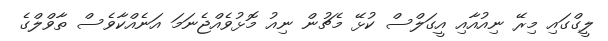
ލީގްގައި މިރޭ ނިއުއާއި އީގަލްސް ކުޅޭ މެޗުން ނިއު މޮޅުވެއްޖެނަމަ އަނެއްކާވެސް ތާވްލްގެ